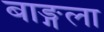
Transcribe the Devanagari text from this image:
बाङ्गला